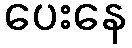
ပေးနေ